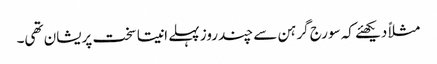
مثلاً دیکھئے کہ سورج گرہن سے چند روز پہلے انیتا سخت پریشان تھی۔